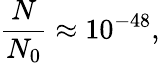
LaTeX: \frac{N}{N_{0}}\approx 10^{-48},